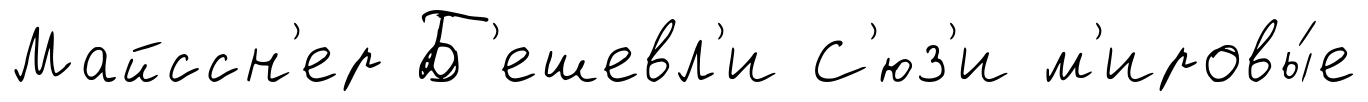
Майссн'ер Б'ешевл'и С'юз'и м'ировы́е